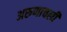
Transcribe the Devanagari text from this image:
अरुणाचली